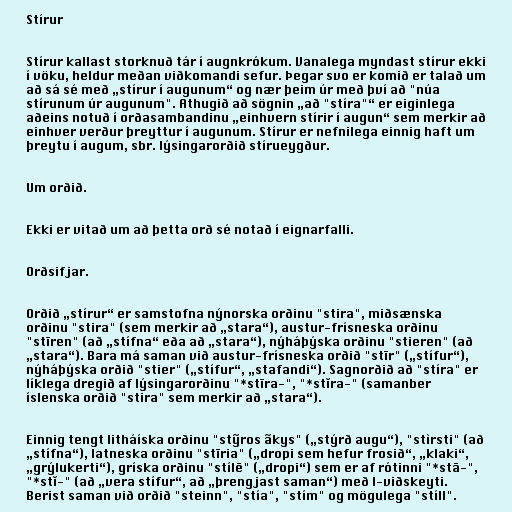
Stírur

Stírur kallast storknuð tár í augnkrókum. Vanalega myndast stírur ekki
í vöku, heldur meðan viðkomandi sefur. Þegar svo er komið er talað um
að sá sé með „stírur í augunum“ og nær þeim úr með því að "núa
stírunum úr augunum". Athugið að sögnin „að "stíra"“ er eiginlega
aðeins notuð í orðasambandinu „einhvern stírir í augun“ sem merkir að
einhver verður þreyttur í augunum. Stírur er nefnilega einnig haft um
þreytu í augum, sbr. lýsingarorðið stírueygður.

Um orðið.

Ekki er vitað um að þetta orð sé notað í eignarfalli.

Orðsifjar.

Orðið „stírur“ er samstofna nýnorska orðinu "stira", miðsænska
orðinu "stira" (sem merkir að „stara“), austur-frísneska orðinu
"stīren" (að „stífna“ eða að „stara“), nýháþýska orðinu "stieren" (að
„stara“). Bara má saman við austur-frísneska orðið "stīr" („stífur“),
nýháþýska orðið "stier" („stífur“, „stafandi“). Sagnorðið að "stíra" er
líklega dregið af lýsingarorðinu "*stīra-", "*stĭra-" (samanber
íslenska orðið "stira" sem merkir að „stara“).

Einnig tengt litháíska orðinu "stỹros ãkys" („stýrð augu“), "stìrsti" (að
„stífna“), latneska orðinu "stīria" („dropi sem hefur frosið“, „klaki“,
„grýlukerti“), gríska orðinu "stílē" („dropi“) sem er af rótinni "*stā-",
"*stĭ-" (að „vera stífur“, að „þrengjast saman“) með l-viðskeyti.
Berist saman við orðið "steinn", "stía", "stím" og mögulega "stíll".